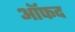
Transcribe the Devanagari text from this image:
ऑफद